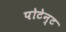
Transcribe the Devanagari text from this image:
पोटेन्ट